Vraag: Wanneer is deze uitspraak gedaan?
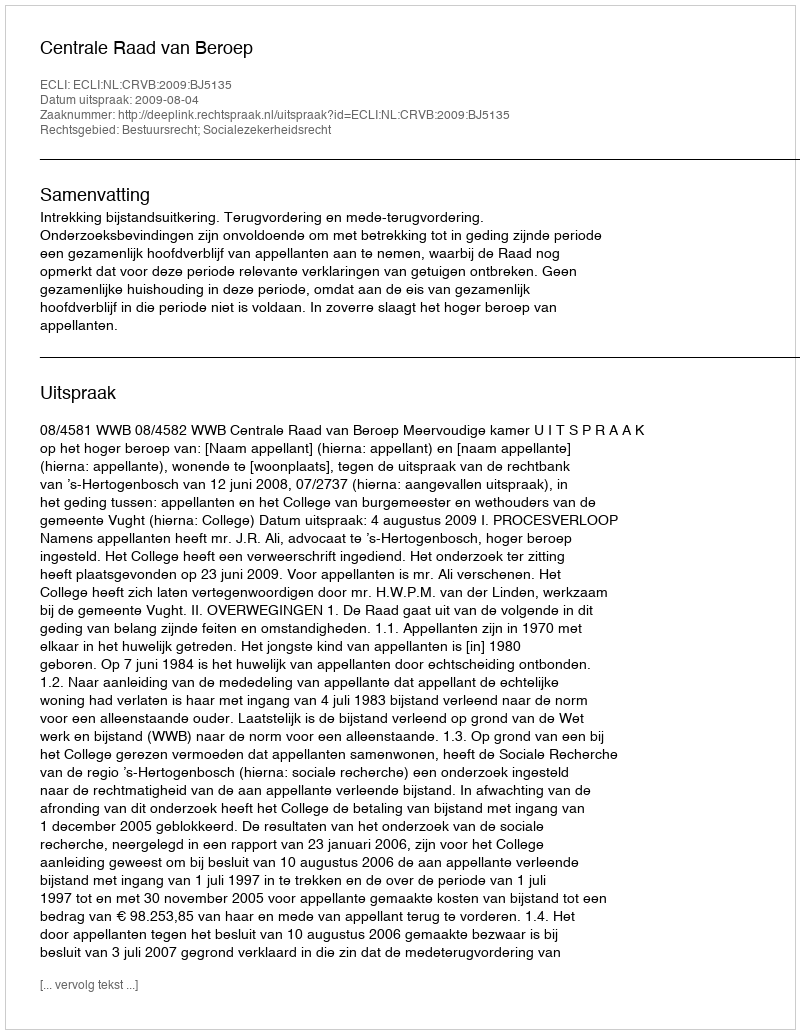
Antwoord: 2009-08-04